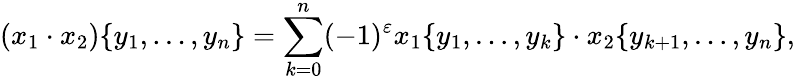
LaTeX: (x_{1}\cdot x_{2})\{ y_{1},\dots,y_{n}\} =\sum_{k=0}^{n}(-1)^{\varepsilon}x_{1}\{ y_{1},\dots,y_{k}\} \cdot x_{2}\{ y_{k+1},\dots,y_{n}\} ,